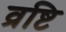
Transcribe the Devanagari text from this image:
व्रष्टि